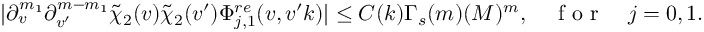
\begin{array} { r } { | \partial _ { v } ^ { m _ { 1 } } \partial _ { v ^ { \prime } } ^ { m - m _ { 1 } } \tilde { \chi } _ { 2 } ( v ) \tilde { \chi } _ { 2 } ( v ^ { \prime } ) \Phi _ { j , 1 } ^ { r e } ( v , v ^ { \prime } k ) | \leq C ( k ) \Gamma _ { s } ( m ) ( M ) ^ { m } , \quad \mathrm { ~ f ~ o ~ r ~ } \quad j = 0 , 1 . } \end{array}